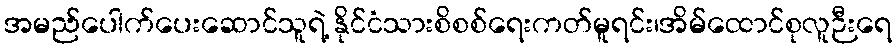
အမည်ပေါက်ပေးဆောင်သူရဲ့ နိုင်ငံသားစိစစ်ရေးကတ်မူရင်း၊အိမ်ထောင်စုလူဉီးရေ